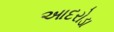
આદરોડા